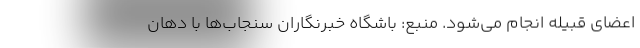
اعضای قبیله انجام می‌شود. منبع: باشگاه خبرنگاران سنجاب‌ها با دهان